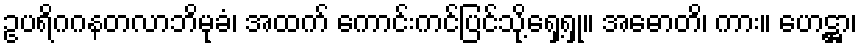
ဥပရိဂဂနတလာဘိမုခံ၊ အထက် ကောင်းကင်ပြင်သို့ရှေ့ရှု။ အဓောတိ၊ ကား။ ဟေဋ္ဌာ၊